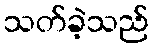
သတ်ခဲ့သည်